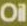
Oil